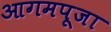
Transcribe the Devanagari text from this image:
आगमपूजा